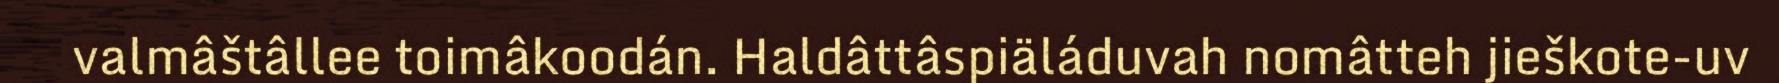
valmâštâllee toimâkoodán. Haldâttâspiäláduvah nomâtteh jieškote-uv